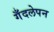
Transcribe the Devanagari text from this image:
गँदलेपन